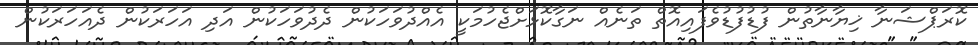
ކޮރަޕްޝަނާ ޚިޔާނާތުން ފުޑުފުޑުވެފައިއޮތް ތަނެއް ނަގާކޮޅަށްޖެހުމަކީ އެއްދުވަހަކުން ދެދުވަހަކުން އަދި އަހަރަކުން ދެއަހަރަކުން